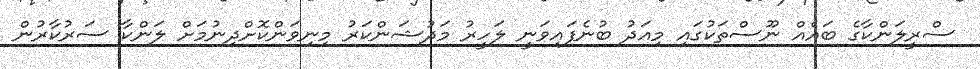
ސްރީލަންކާގެ ބައެއް ނޫސްތަކުގައި މިއަދު ބުނެފައިވަނީ ލަހީރު މަދުޝަންކަރު މިނިވަންކޮށްދިނުމަށް ލަންކާ ސަރުކާރުން